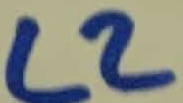
Text: L2